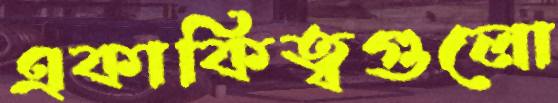
একাকিত্বগুলো